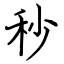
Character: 秒